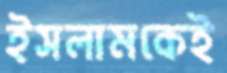
ইসলামকেই